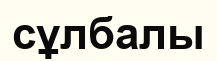
сұлбалы